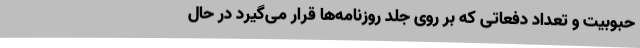
حبوبیت و تعداد دفعاتی که بر روی جلد روزنامه‌ها قرار می‌گیرد در حال